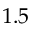
1 . 5